Annual report on the working of the mental hospitals in the Madras Presidency - 1912-1932
Year: 1912
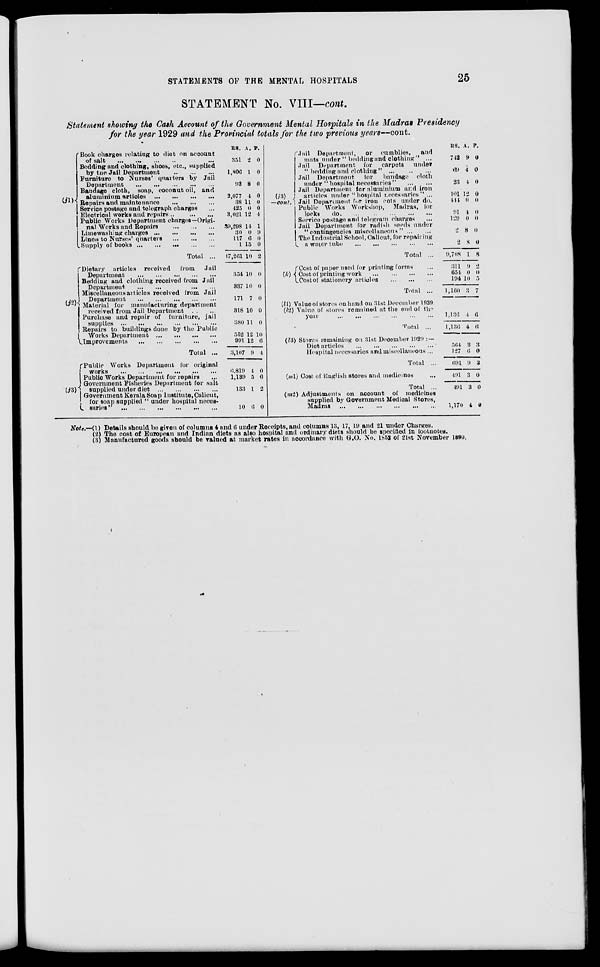
STATEMENTS OF THE MENTAL HOSPITALS
25
STATEMENT No. VIII—cont.
Statement showing the Cash Account of the Government Mental Hospitals in the Madras Presidency
for the year 1929 and the Provincial totals for the two previous years—cont.
(j1)
Book charges relating to diet on account
of salt
... ... ... ... ...
Bedding and clothing, shoes, etc., supplied
by the Jail Department
...
...
...
Furniture to Nurses' quarters by Jail
Department
...
...
...
...
...
Bandage cloth, soap, coconut oil, and
aluminium articles
...
...
...
...
Repairs and maintenance
...
...
...
Service postage and telegraph charges ...
Electrical works and repairs... ... ...
Public Works Department charges—Origi-
nal Works and Repairs
...
...
...
Limewashing charges
...
...
...
...
Linen to Nurses' quarters
...
...
...
Supply of books
...
...
...
...
...
Total ...
(j2)
Dietary articles received
from
Jail
Department
...
...
...
...
...
Bedding and clothing received from Jail
Department
...
...
...
...
Miscellaneous articles received from Jail
Department
...
...
...
...
...
Material for manufacturing department
received from Jail Department ... ...
Purchase and repair of furniture, jail
supplies
...
...
...
...
...
...
Repairs to buildings done by the Public
Works Department
...
...
...
...
Improvements
...
...
...
...
...
Total ...
(j3)
Public Works Department for original
works
...
...
...
...
...
...
Public Works Department for repairs ...
Government Fisheries Department for salt
supplied under diet
...
...
...
...
Government Kerala Soap Institute, Calicut,
for soap supplied " under hospital neces-
saries" ... ... ... ... ... ...
RS.
351
1,806
93
2,077
38
425
3,021
39,298
30
117
1
17,261
354
337
171
318
380
552
991
3,107
6,819
1,139
133
10
A.
2
1
8
4
11
0
12
14
0
6
15
10
10
10
7
10
11
12
12
9
4
5
1
6
P.
0
0
0
0
0
0
4
1
9
0
0
2
0
0
0
0
0
10
6
4
0
6
2
0
(j3)
—cont.
Jail
Department,
or
cumblies,
and
mats under " bedding and clothing " ...
Jail Department for
carpets
under
" bedding and clothing"
...
...
...
Jail Department
for
bandage cloth
under "hospital necessaries"
...
...
Jail Department for aluminium and iron
articles under "hospital necessaries" ...
Jail Department for iron cots under do.
Public Works Workshop, Madras, for
locks
do. ... ... ... ... ...
Service postage and telegram charges ...
Jail Department for radish seeds under
"contingencies miscellaneous" ... ...
The Industrial School, Calicut, for repairing
a water tube
...
...
...
...
...
Total ...
(k)
Cost of paper used for printing forms ...
Cost of printing work
...
...
...
...
Cost of stationery articles
...
...
...
Total ...
(l1) Value of stores on hand on 31st December 1929.
(l2) Value of stores remained at the end of the
year
...
...
...
...
...
...
Total ...
(l3) Stores remaining on 31st December 1929 :—
Diet articles
...
...
...
...
...
Hospital necessaries and miscellaneous ...
Total ...
(m1) Cost of English stores and medicines ...
Total ...
(m2) Adjustments on account of medicines
supplied by Government Medical Stores,
Madras
...
...
...
...
...
...
RS.
742
69
23
101
444
91
129
2
2
9,708
311
654
194
1,160
A.
9
4
4
12
0
4
0
8
8
1
9
0
10
3
P.
0
0
0
0
0
0
0
0
0
8
2
0
5
7
1,136
1,136
4
4
6
6
564
127
691
491
491
1,170
3
6
9
3
3
4
3
0
3
0
0
0
Note.—(1) Details should be given of columns 4 and 6 under Receipts, and columns 13, 17, 19 and 21 under Charges.
(2) The cost of European and Indian diets as also hospital and ordinary diets should be specified in footnotes.
(3) Manufactured goods should be valued at market rates in accordance with G.O. No. 1852 of 21st November 1890.